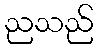
ညသည်